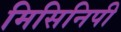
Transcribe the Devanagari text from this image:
मिसिनिपी